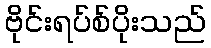
ဗိုင်းရပ်စ်ပိုးသည်